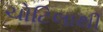
ચોટિલાથી